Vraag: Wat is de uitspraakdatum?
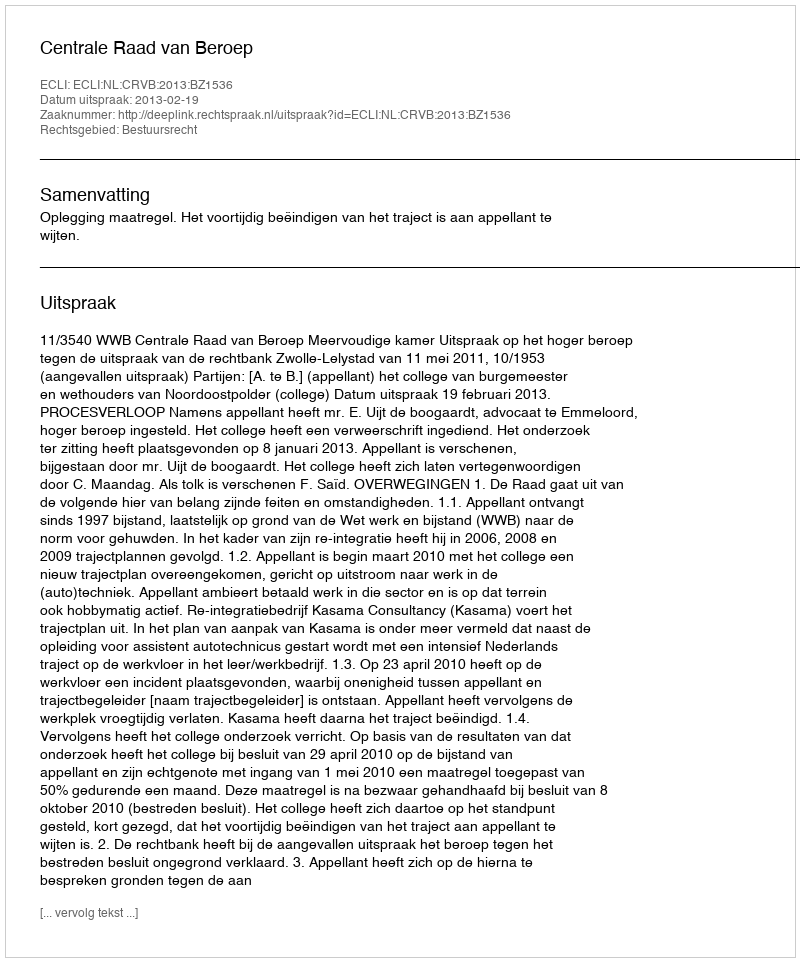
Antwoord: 2013-02-19